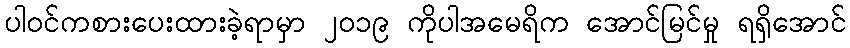
ပါဝင်ကစားပေးထားခဲ့ရာမှာ ၂၀၁၉ ကိုပါအမေရိက အောင်မြင်မှု ရရှိအောင်